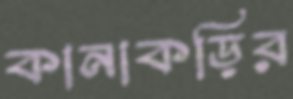
কানাকড়ির